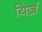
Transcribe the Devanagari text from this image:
यिर्ज़